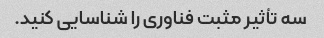
سه تأثیر مثبت فناوری را شناسایی کنید.